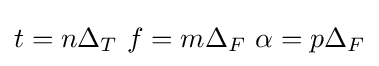
t=n\Delta _{T}\,\,f=m\Delta _{F}\,\,\alpha =p\Delta _{F}